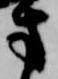
方